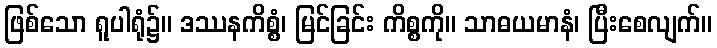
ဖြစ်သော ရူပါရုံ၌။ ဒဿနကိစ္စံ၊ မြင်ခြင်း ကိစ္စကို။ သာဓယမာနံ၊ ပြီးစေလျက်။